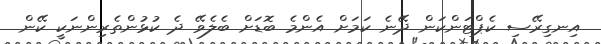
އިނގިރޭސި ކެޕްޓަންކަން ދޭނެ ކަމަށް އެންމެ ބޮޑަށް ބެލެވޭ ދެ ކުޅުންތެރިންނަކީ ކޭން